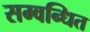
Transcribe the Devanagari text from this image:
सम्वन्धित